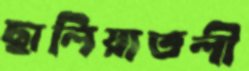
ছালিয়াতলী